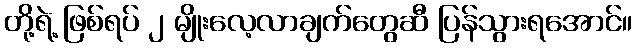
တို့ရဲ့ ဖြစ်ရပ် ၂ မျိုးလေ့လာချက်တွေဆီ ပြန်သွားရအောင်။